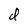
Character: d